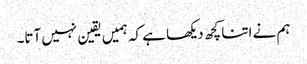
ہم نے اتنا کچھ دیکھا ہے کہ ہمیں یقین نہیں آتا۔